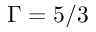
\Gamma = 5 / 3